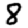
Digit: 8